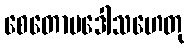
စေတောပဒေါသဟေတု